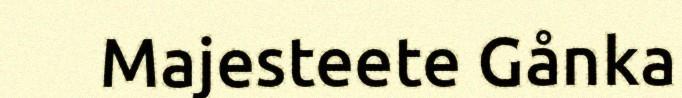
Majesteete Gånka